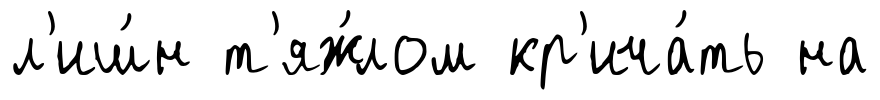
л'иш́н т'яж́лом кр'ича́ть на